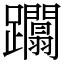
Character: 躢